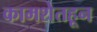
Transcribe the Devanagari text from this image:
कामशेतहून